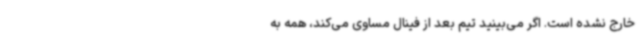
خارج نشده است. اگر می‌بینید تیم بعد از فینال مساوی می‌کند، همه به